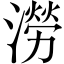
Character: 澇